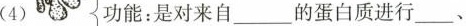
(4) 功能：是对来自___的蛋白质进行___、